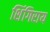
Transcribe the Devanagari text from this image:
शिंगिराय